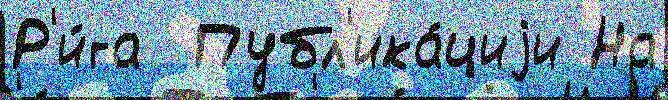
Р'и́га  Публ'ика́циjи На